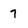
Character: 7